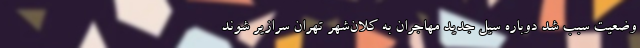
وضعیت سبب شد دوباره سیل جدید مهاجران به کلان‌شهر تهران سرازیر شوند